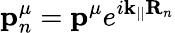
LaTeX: \mathbf{p}_{n}^{\mu}=\mathbf{p}^{\mu}e^{i\mathbf{k}_{||}\mathbf{R}_{n}}